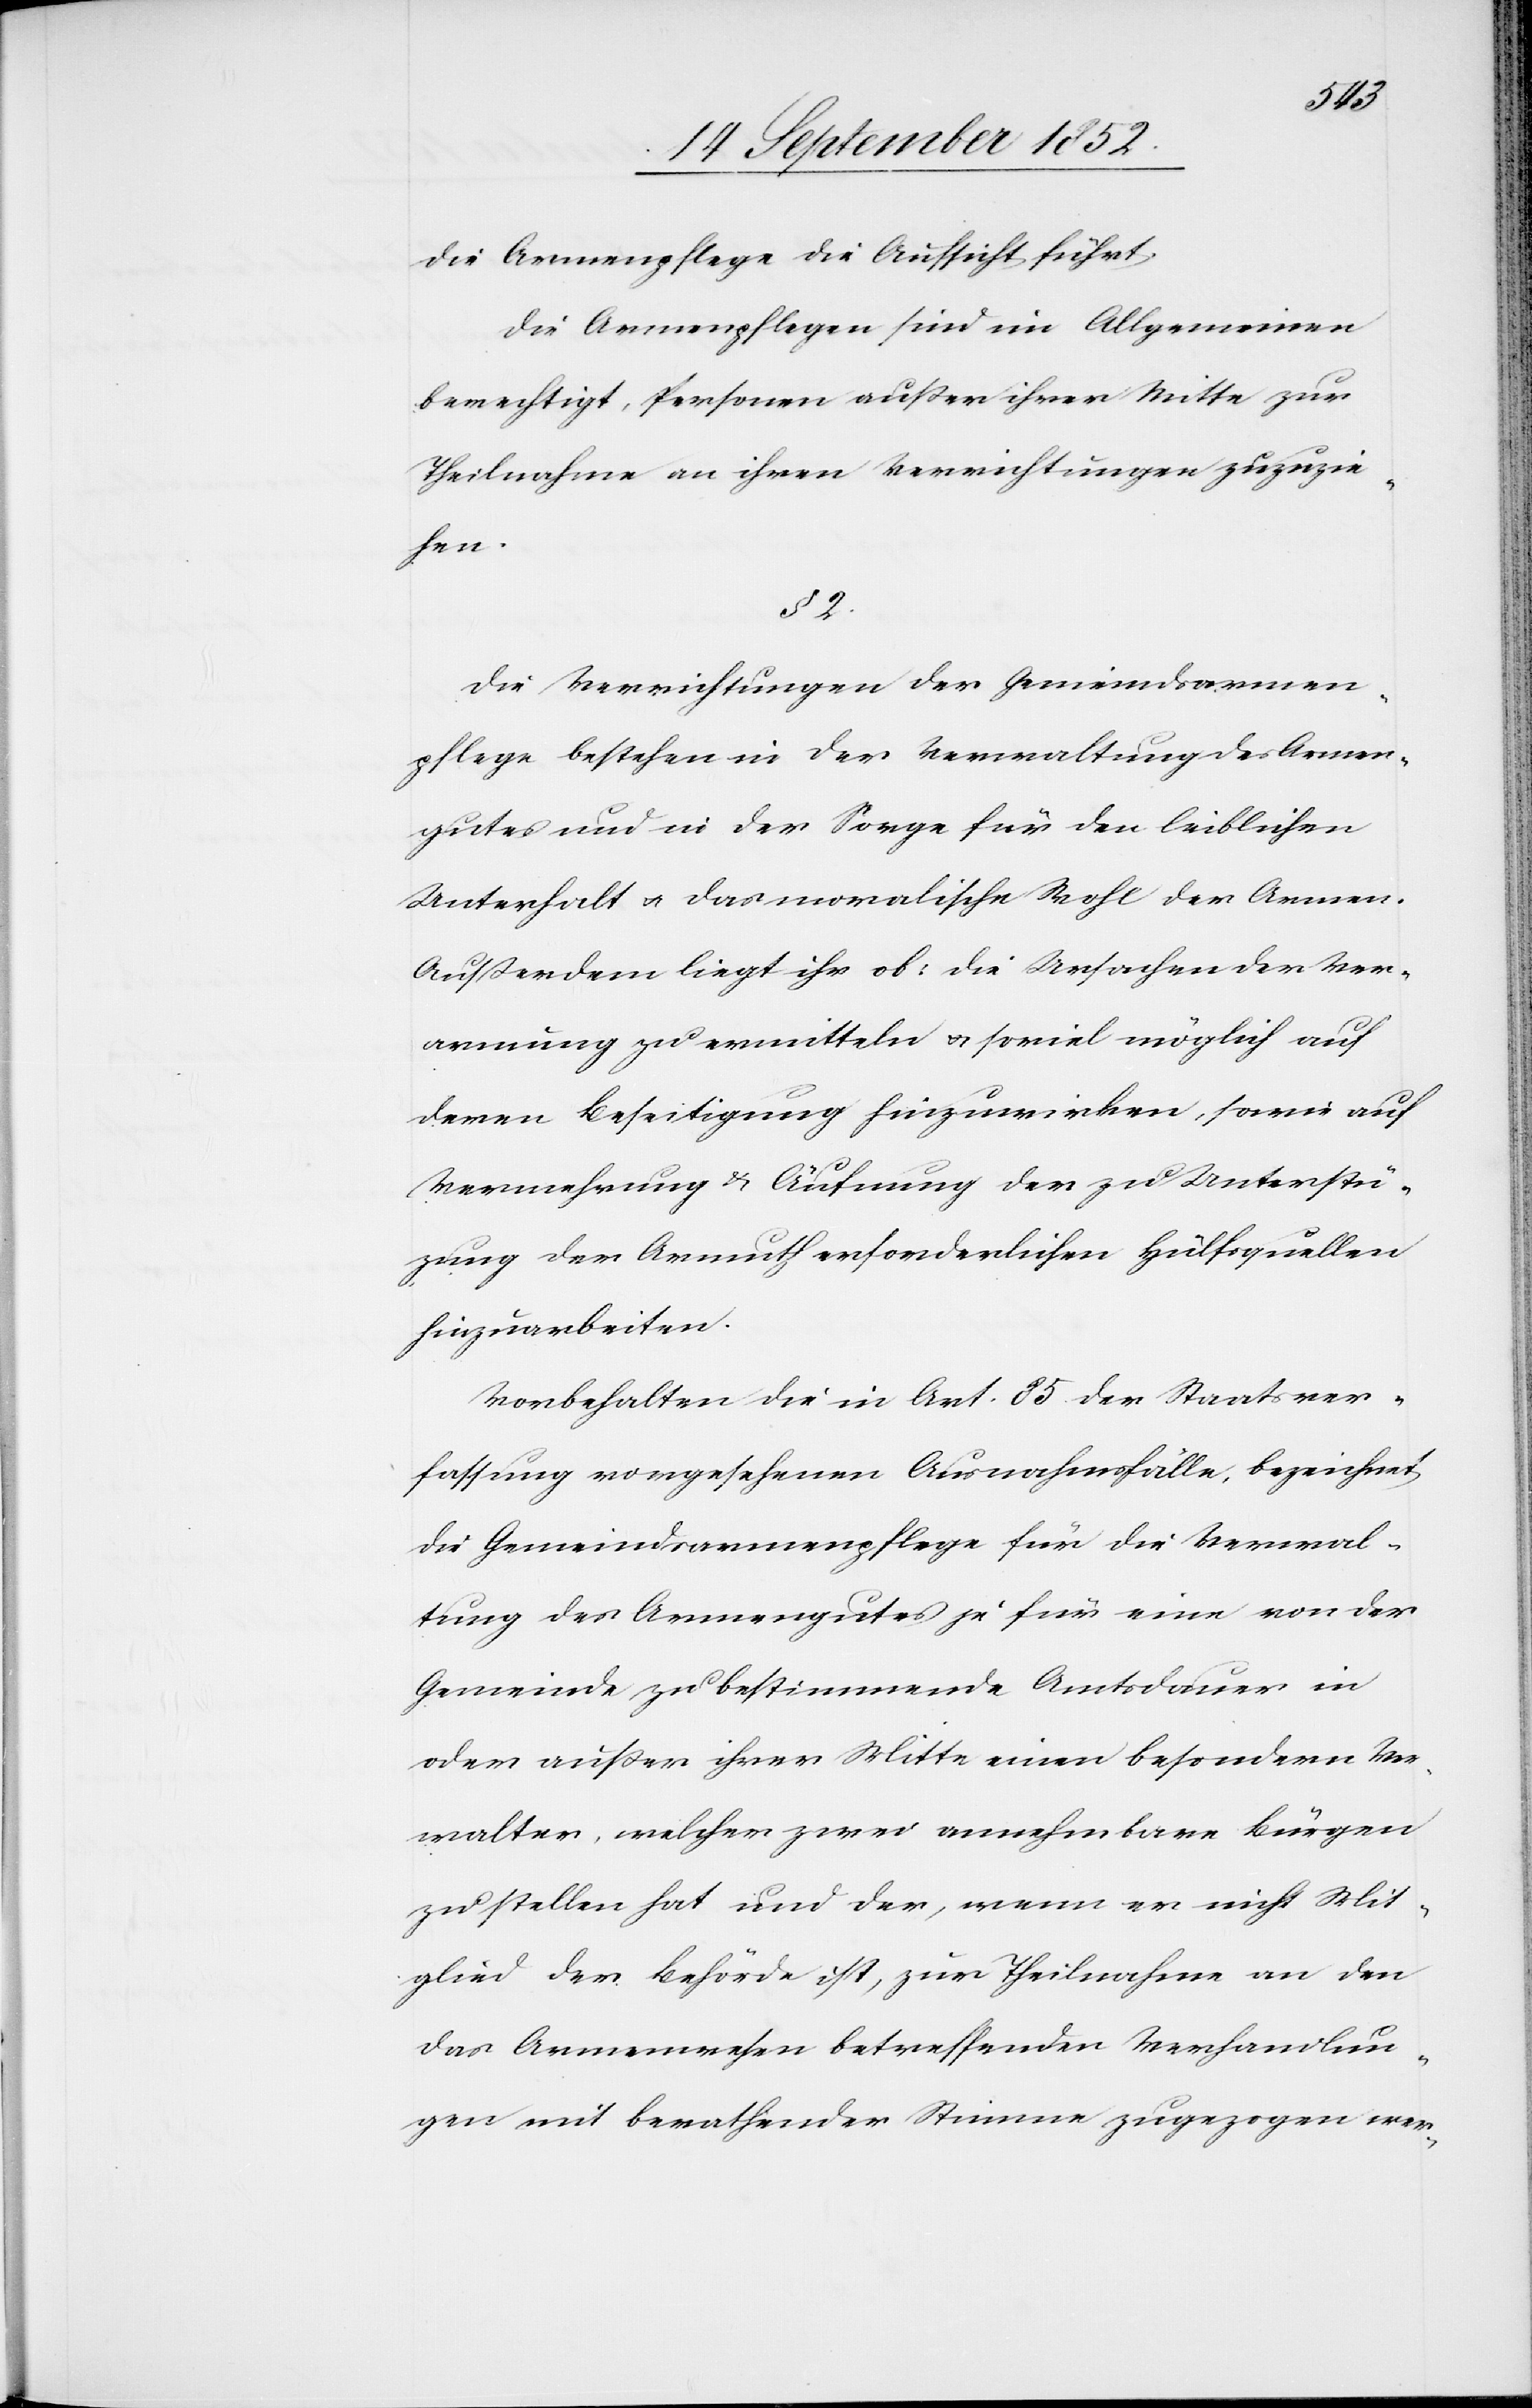
die Armenpflege die Aufsicht führt.
Die Armenpflegen sind im Allgemeinen
berechtigt, Personen außer ihrer Mitte zur
Theilnahme an ihren Verrichtungen zuzuzie¬
hen.
§ 2.
Die Verrichtungen der Gemeindsarmen¬
pflege bestehen in der Verwaltung des Armen¬
gutes und in der Sorge für den leiblichen
Unterhalt & das moralische Wohl der Armen.
Außerdem liegt ihr ob: die Ursachen der Ver¬
armung zu ermitteln & soviel möglich auf
deren Beseitigung hinzuwirken, sowie auf
Vermehrung & Äufnung der zu Unterstü[t]z¬
ung der Armuth erforderlichen Hülfsquellen
hinzuarbeiten.
Vorbehalten die in Art. 85. der Staatsver¬
fassung vorgesehenen Ausnahmsfälle, bezeichnet
die Gemeindsarmenpflege für die Verwal¬
tung des Armengutes je für eine von der
Gemeinde zu bestimmende Amtsdauer in
oder außer ihrer Mitte einen besondern Ver¬
walter, welcher zwei annehmbare Bürgen
zu stellen hat und der, wenn er nicht Mit¬
glied der Behörde ist, zur Theilnahme an den
das Armenwesen betreffenden Verhandlun¬
gen mit berathender Stimme zugezogen wer-